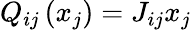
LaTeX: Q_{ij}\left(x_{j}\right)=J_{ij}x_{j}